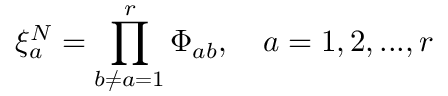
\xi _ { a } ^ { N } = \prod _ { b \neq a = 1 } ^ { r } \Phi _ { a b } , \quad a = 1 , 2 , . . . , r